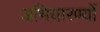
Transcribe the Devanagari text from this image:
अभियारण्यों